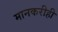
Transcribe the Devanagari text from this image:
मानकरीही